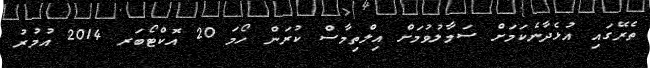
ތެރޭގައި އުޅެދާނެކަމަށް ސަމާލުވުމަށް އިލްތިމާސް ކުރަން ހޯމަ 20 އޮކްޓޯބަރ 2014 އުމުރު